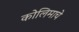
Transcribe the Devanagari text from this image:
कोलिमाचे